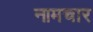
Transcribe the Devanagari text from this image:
नामचार